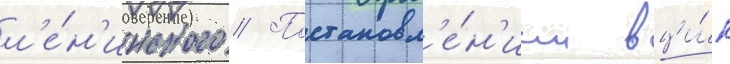
л'е́н'инского // Постановл'е́н'ием вци́к